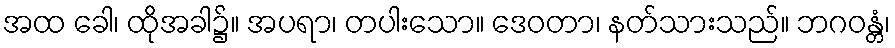
အထ ခေါ၊ ထိုအခါ၌။ အပရာ၊ တပါးသော။ ဒေဝတာ၊ နတ်သားသည်။ ဘဂဝန္တံ၊